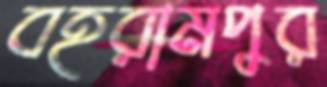
বহরামপুর